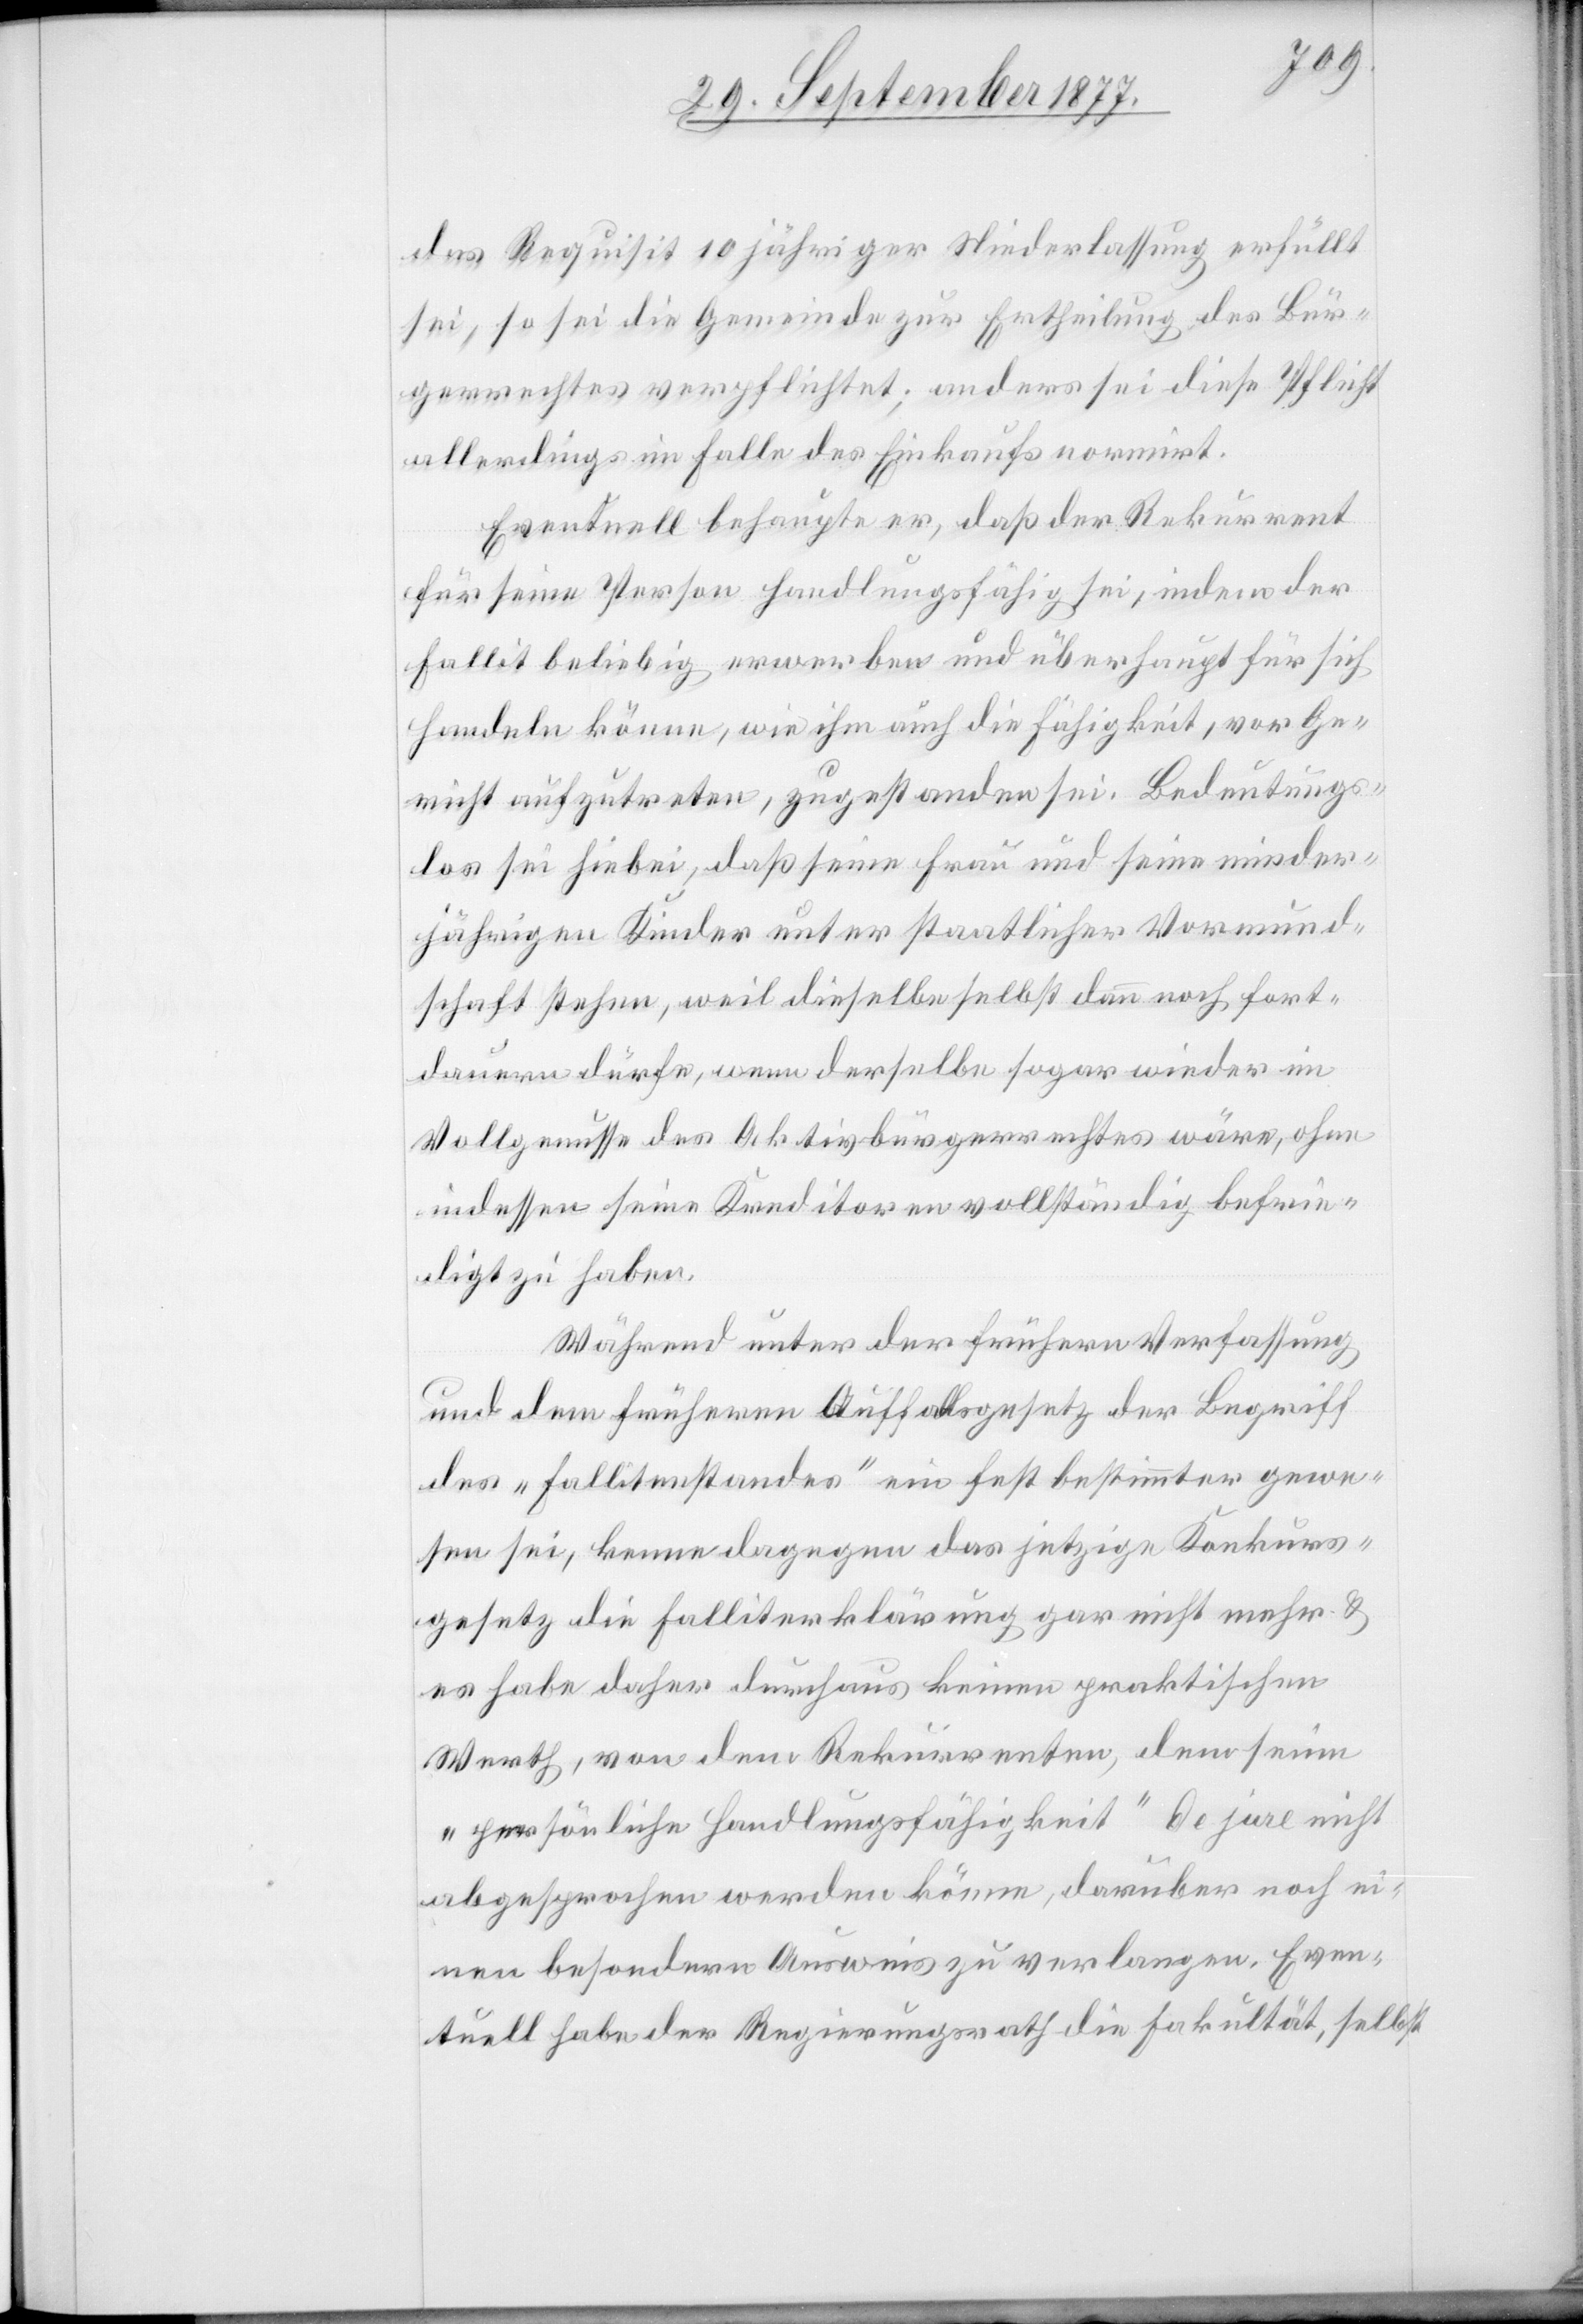
das Requisit 10 jähriger Niederlassung erfüllt
sei, so sei die Gemeinde zur Ertheilung des Bür¬
gerrechtes verpflichtet; anders sei diese Pflicht
allerdings im Falle des Einkaufs normirt.
Eventuell behaupte er, daß der Rekurrent
für seine Person handlungsfähig sei, indem der
Fallit beliebig erwerben und überhaupt für sich
handeln könne, wie ihm auch die Fähigkeit, vor Ge¬
richt aufzutreten, zu gestanden sei. Bedeutungs¬
los sei hiebei, daß seine Frau und seine minder¬
jährigen Kinder unter staatlicher Vormund¬
schaft stehen, weil dieselbe selbst dann noch fort¬
dauern dürfe, wenn derselbe sogar wieder im
Vollgenusse des Aktivbürgerrechtes wäre, ohne
indessen seine Kreditoren vollständig befrie¬
digt zu haben.
Während unter der frühern Verfassung
und dem früheren Auffallsgesetz der Begriff
des „Fallitenstandes“ ein fest bestimmter gewe¬
sen sei, kenne dagegen das jetzige Konkurs¬
gesetz die Falliterklärung gar nicht mehr &
es habe daher durchaus keinen praktischen
Werth, von dem Rekurrenten, dem seine
„persönliche Handlungsfähigkeit“ de jure nicht
abgesprochen werden könne, darüber noch ei¬
nen besondern Ausweis zu verlangen. Even¬
tuell habe der Regierungsrath die Fakultät, selbst